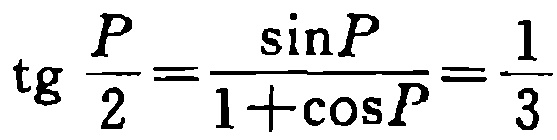
\(\operatorname{tg} \frac{P}{2}=\frac{\sin P}{1 + \cos P}=\frac{1}{3}\)